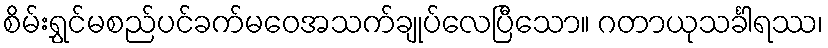
စိမ်းရွှင်မစည်ပင်ခက်မဝေအသက်ချုပ်လေပြီသော။ ဂတာယုသင်္ခါရဿ၊